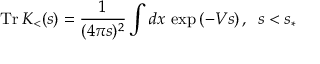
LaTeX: \mathrm { T r } \, K _ { < } ( s ) = \frac { 1 } { ( 4 \pi s ) ^ { 2 } } \int d x \, \exp \left( - V s \right) , \, \, \, s < s _ { \ast }